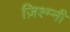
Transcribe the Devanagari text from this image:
ज़िश्म्नी